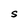
Character: S